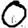
Digit: 0